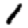
Digit: 1